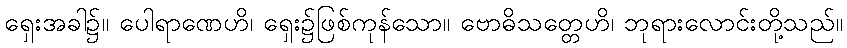
ရှေးအခါ၌။ ပေါရာဏေဟိ၊ ရှေး၌ဖြစ်ကုန်သော။ ဗောဓိသတ္တေဟိ၊ ဘုရားလောင်းတို့သည်။